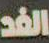
الفد